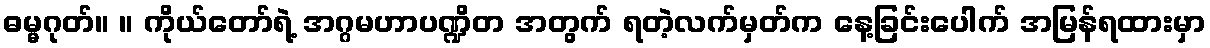
ဓမ္မဂုတ်။ ။ ကိုယ်တော်ရဲ့ အဂ္ဂမဟာပဏ္ဍိတ အတွက် ရတဲ့လက်မှတ်က နေ့ခြင်းပေါက် အမြန်ရထားမှာ